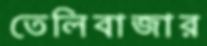
তেলিবাজার